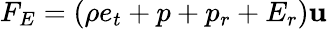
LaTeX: F_{E}=(\rho e_{t}+p+p_{r}+E_{r})\mathbf{u}